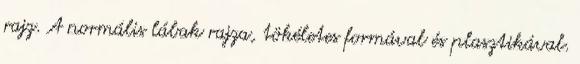
rajz. A normális lábak rajza, tökéletes formával és plasztikával.